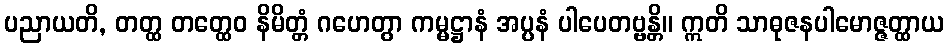
ပညာယတိ, တတ္ထ တတ္ထေဝ နိမိတ္တံ ဂဟေတွာ ကမ္မဋ္ဌာနံ အပ္ပနံ ပါပေတဗ္ဗန္တိ။ ဣတိ သာဓုဇနပါမောဇ္ဇတ္ထာယ